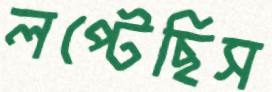
লপ্‌টেছিস